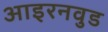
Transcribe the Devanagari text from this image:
आइरनवुड